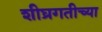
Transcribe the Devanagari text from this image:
शीघ्रगतीच्या